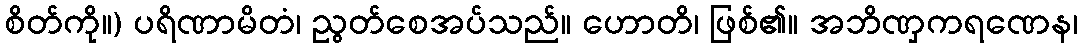
စိတ်ကို။) ပရိဏာမိတံ၊ ညွတ်စေအပ်သည်။ ဟောတိ၊ ဖြစ်၏။ အဘိဏှကရဏေန၊